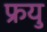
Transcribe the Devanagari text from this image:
फ्रयु